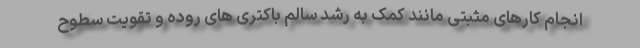
انجام کارهای مثبتی مانند کمک به رشد سالم باکتری های روده و تقویت سطوح